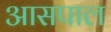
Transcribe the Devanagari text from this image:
आसपाल